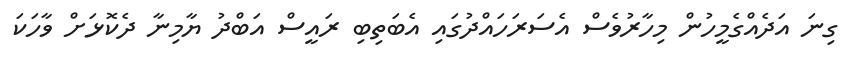
ގިނަ އަދެއްގެމީހުން މިހާރުވެސް އެސަރަހައްދުގައި އެބަތިބި ރައީސް އަބްދު ޔާމިނާ ދެކޮޅަށް ވާހަކަ